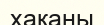
хақаны